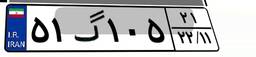
۹۴گ۸۵۵۴۸